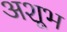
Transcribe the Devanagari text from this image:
अशूभ